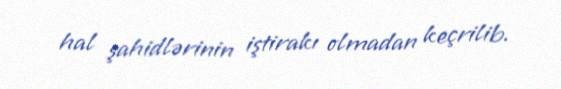
hal şahidlərinin iştirakı olmadan keçrilib.